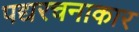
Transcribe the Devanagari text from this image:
पद्यरचनाकार